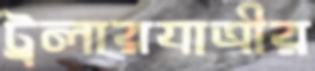
ট্রলারযাত্রীর